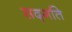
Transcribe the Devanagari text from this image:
सद्‍गति